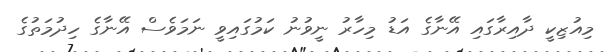
މިއުޒިކީ ދާއިރާގައި އޭނާގެ އަޑު މިހާރު ނީވުނު ކަމުގައިވީ ނަމަވެސް އޭނާގެ ހިދުމަތުގެ